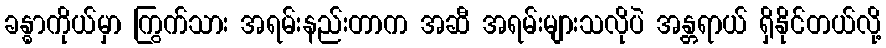
ခန္ဓာကိုယ်မှာ ကြွက်သား အရမ်းနည်းတာက အဆီ အရမ်းများသလိုပဲ အန္တရာယ် ရှိနိုင်တယ်လို့